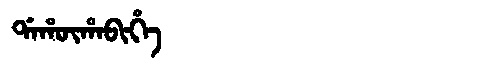
Manchu: ᡩᠠᡥᡡᡥᠠᠪᡳᡥᡝ
Romanization: DAHŪHABIHE